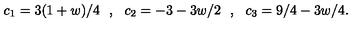
c _ { 1 } = 3 ( 1 + w ) / 4 \: \: \: , \: \: \: c _ { 2 } = - 3 - 3 w / 2 \: \: \: , \: \: \: c _ { 3 } = 9 / 4 - 3 w / 4 .